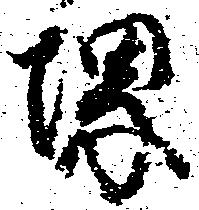
堺